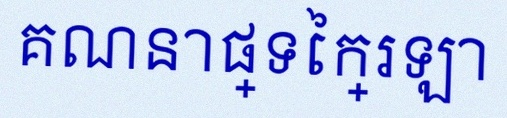
គណនាផ្ទៃក្រឡា